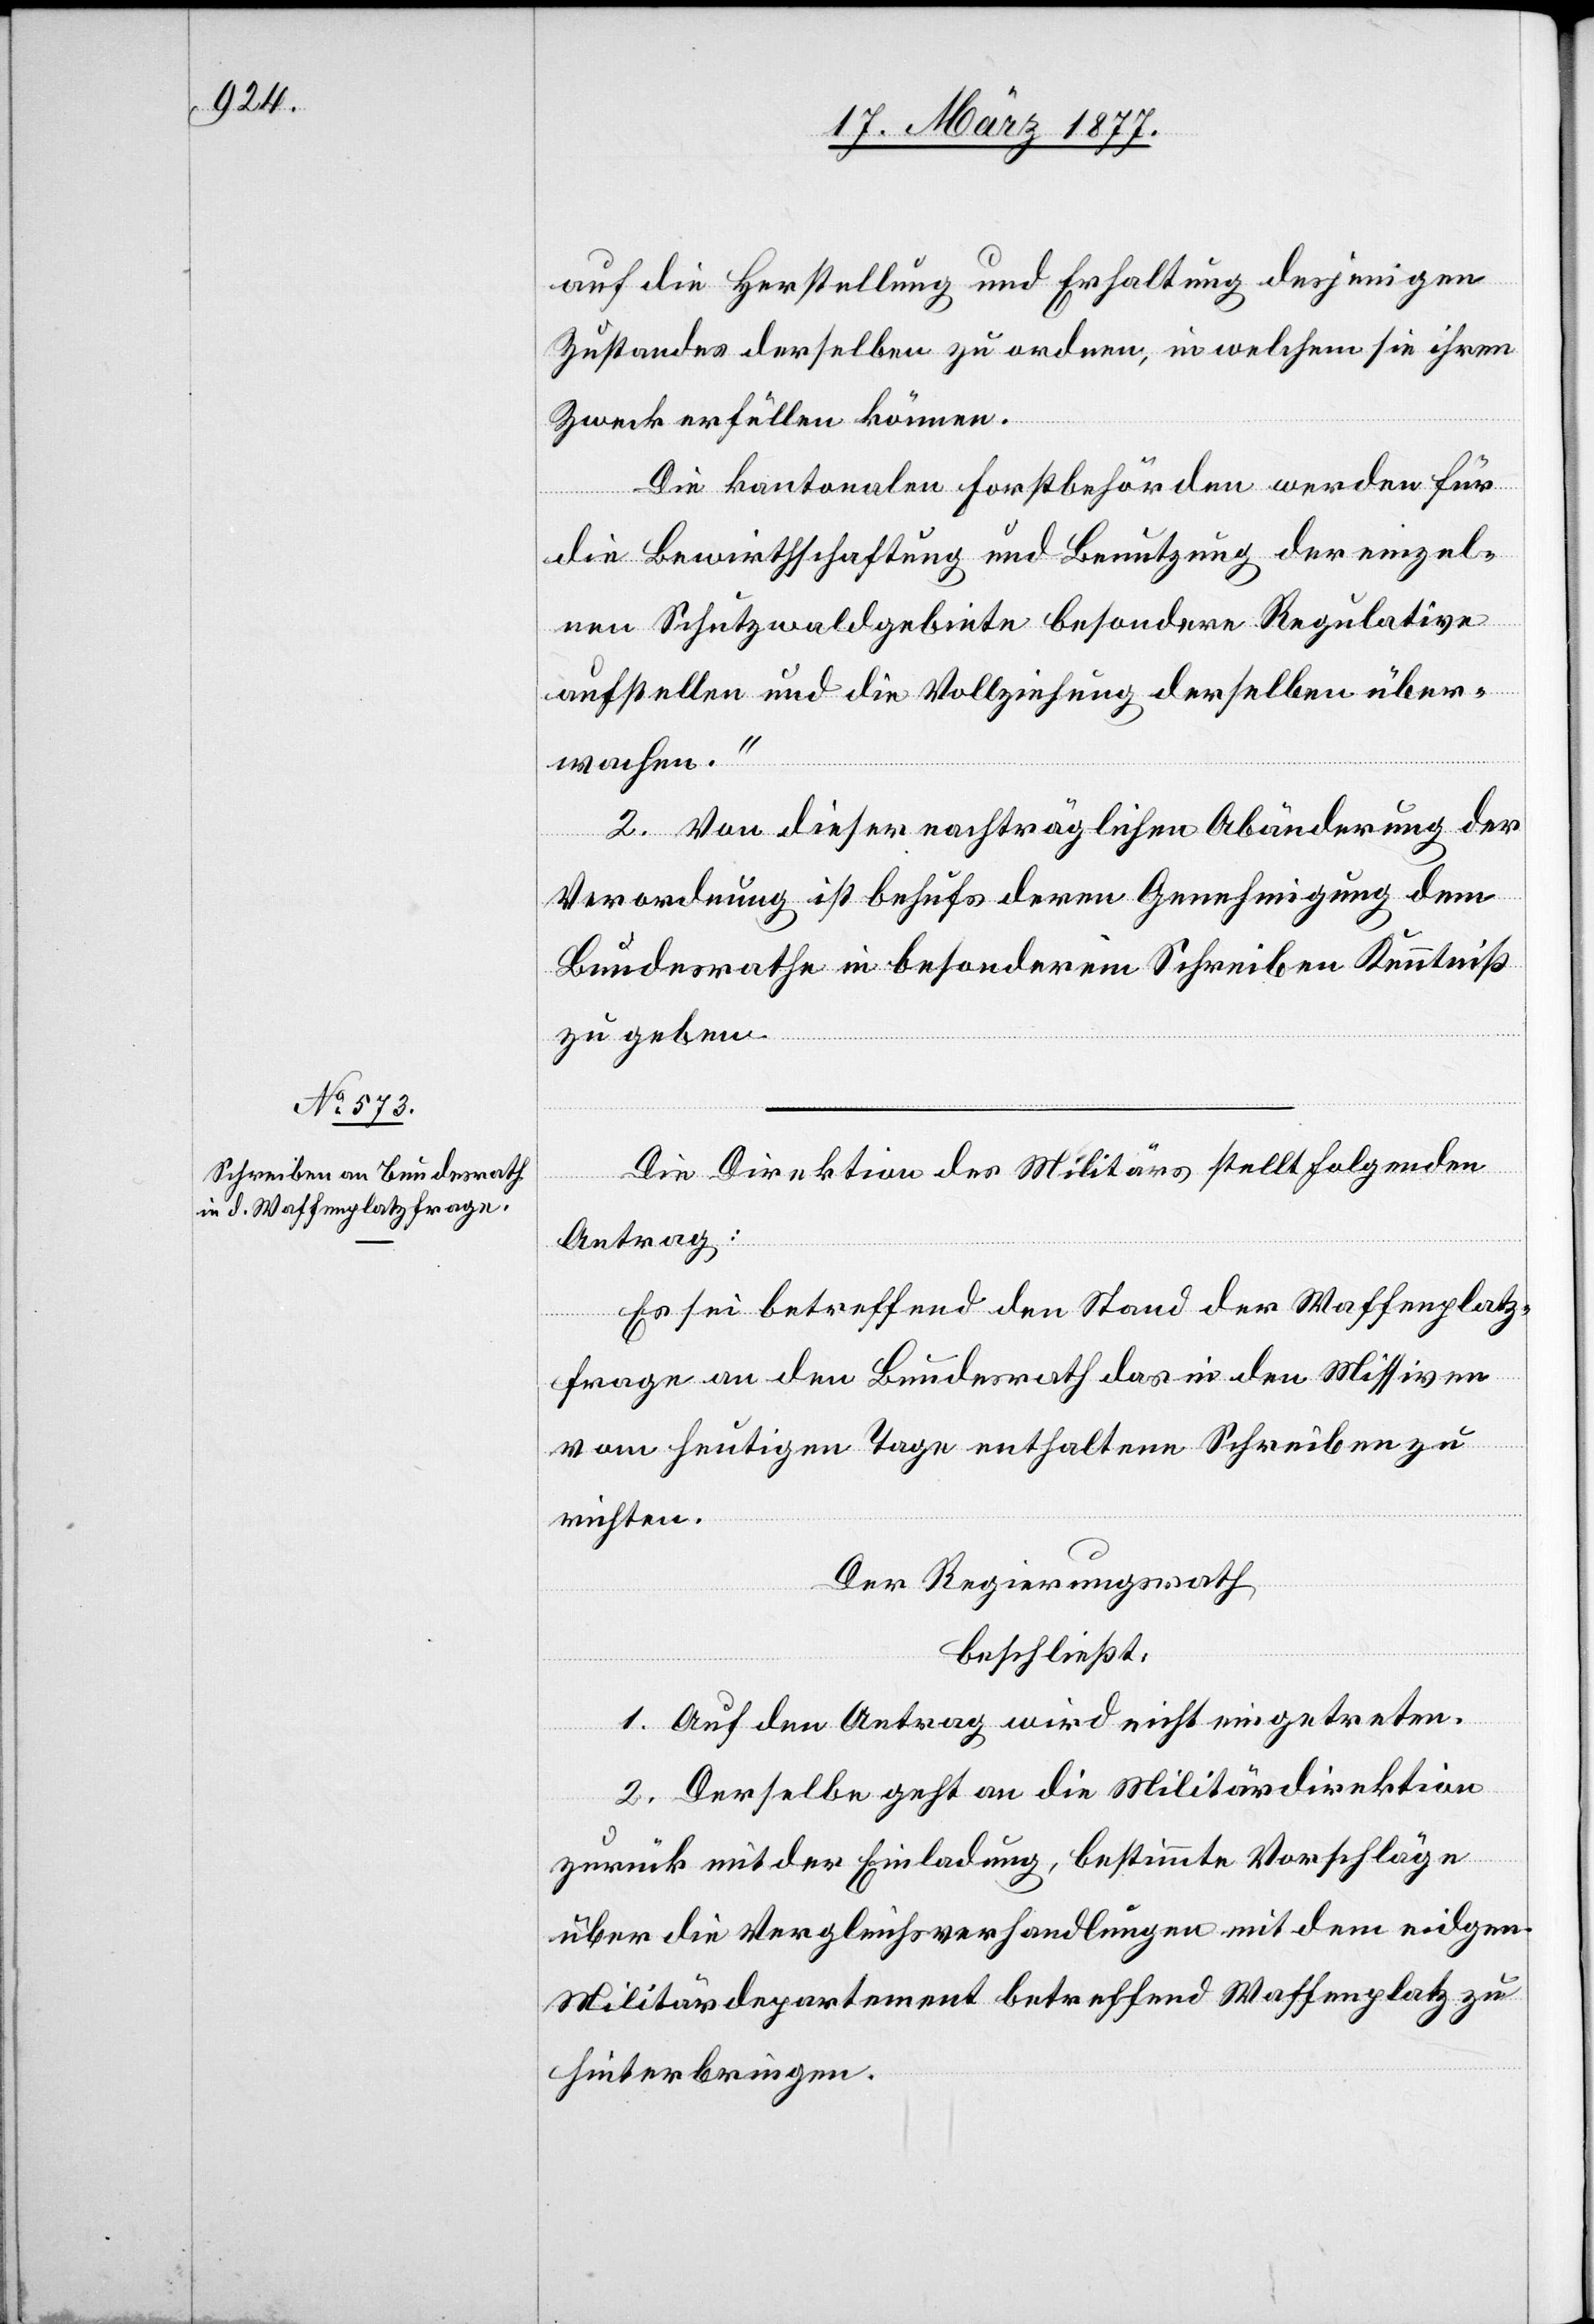
auf die Herstellung und Erhaltung desjenigen
Zustandes derselben zu ordnen, in welchem sie ihren
Zweck erfüllen können.
Die kantonalen Forstbehörden werden für
die Bewirthschaftung und Benutzung der einzel¬
nen Schutzwaldgebiete besondere Regulative
aufstellen und die Vollziehung derselben über¬
wachen.“
2. Von dieser nachträglichen Abänderung der
Verordnung ist behufs deren Genehmigung dem
Bundesrathe in besonderem Schreiben Kenntniß
zu geben.
Die Direktion des Militärs stellt folgenden
Antrag:
Es sei betreffend den Stand der Waffenplatz¬
frage an den Bundesrath das in den Missiven
vom heutigen Tage enthaltene Schreiben zu
richten.
Der Regierungsrath
beschließt:
1. Auf den Antrag wird nicht eingetreten.
2. Derselbe geht an die Militärdirektion
zurück mit der Einladung, bestimmte Vorschläge
über die Vergleichsverhandlungen mit dem eidgen.
Militärdepartement betreffend Waffenplatz zu
hinterbringen.